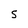
Character: S